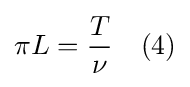
\pi L={\frac {T}{\nu }}\ \ \ (4)